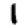
Digit: 1